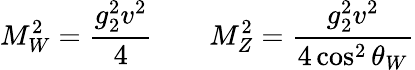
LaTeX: M_{W}^{2}={\frac{g_{2}^{2}v^{2}}{4}}\qquad M_{Z}^{2}={\frac{g_{2}^{2}v^{2}}{4\cos^{2}\theta_{W}}}